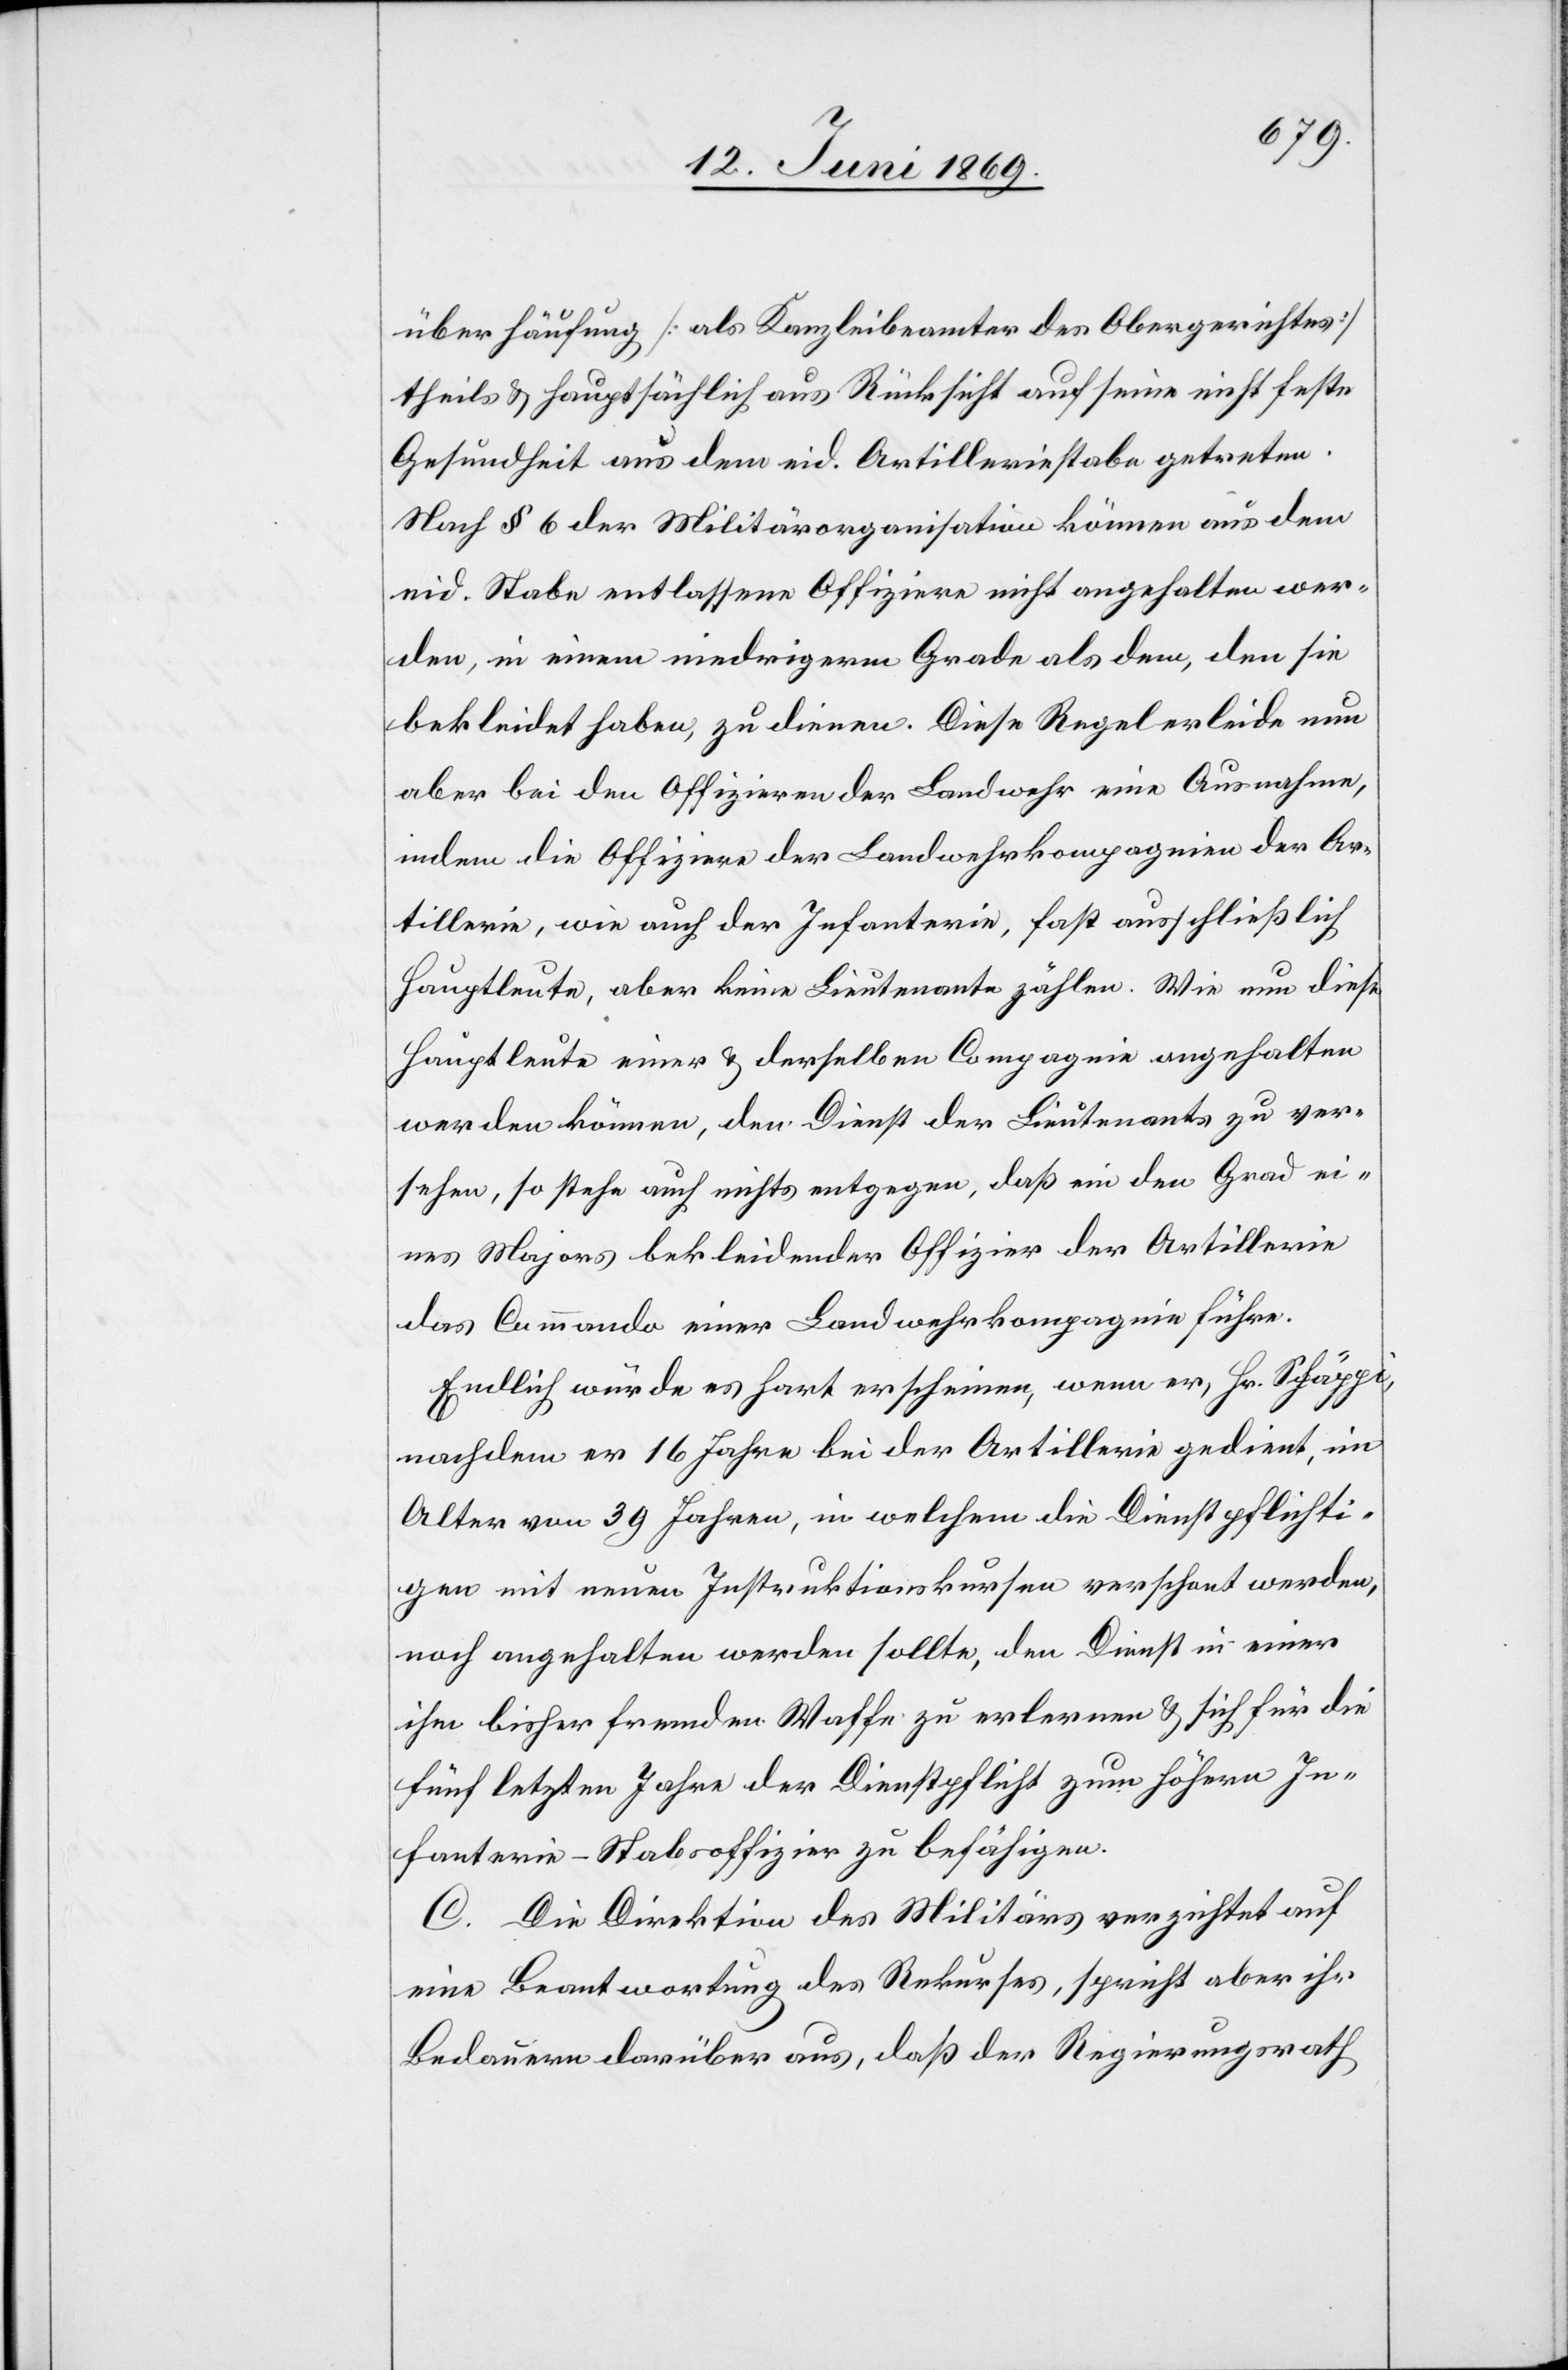
überhäufung [als Kanzleibeamter des Obergerichtes]
theils u. hauptsächlich aus Rücksicht auf seine nicht feste
Gesundheit aus dem eid. Artilleriestabe getreten.
Nach § 6 der Militärorganisation können aus dem
eid. Stabe entlassene Offiziere nicht angehalten wer¬
den, in einem niedrigerm Grade als dem, den sie
bekleidet haben, zu dienen. Diese Regel erleide nun
aber bei den Offizieren der Landwehr eine Ausnahme,
indem die Offiziere der Landwehrkompagnien der Ar¬
tillerie, wie auch der Infanterie, fast ausschließlich
Hauptleute, aber keine Lieutenante zählen. Wie nun diese
Hauptleute einer u. derselben Compagnie angehalten
werden können, den Dienst der Lieutnants zu ver¬
sehen, so stehe auch nichts entgegen, daß ein den Grad ei¬
nes Majors bekleidender Offizier der Artillerie
das Commando einer Landwehrkompagnie führe.
Endlich würde es hart erscheinen, wenn er, Hr. Schäppi,
nachdem er 16 Jahre bei der Artillerie gedient, im
Alter von 39 Jahren, in welchem die Dienstpflichti¬
gen mit neuen Instruktionskurse verschont werden,
noch angehalten werden sollte, den Dienst in einer
ihr bisher fremden Waffe zu erlernen u. sich für die
fünf letzten Jahre der Dienstpflicht zum höhern In¬
fanterie-Stabsoffizier zu befähigen.
C. Die Direktion des Militärs verzichtet auf
eine Beantwortung des Rekurses, spricht aber ihr
Bedauern darüber aus, daß der Regierungsrath